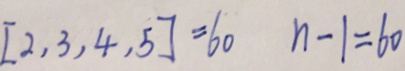
[ 2 , 3 , 4 , 5 ] = 6 0 n - 1 = 6 0